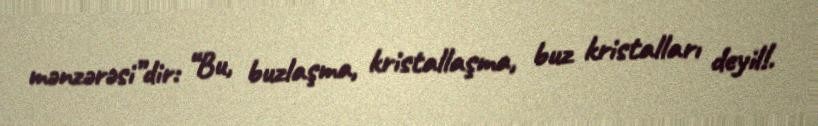
mənzərəsi”dir: “Bu, buzlaşma, kristallaşma, buz kristalları deyil!.